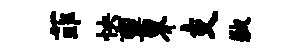
菲怏禀界支歉